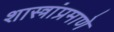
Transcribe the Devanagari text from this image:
शास्त्रांप्रमाणे